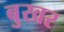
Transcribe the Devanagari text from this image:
बुखर